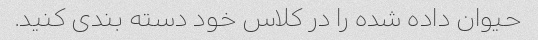
حیوان داده شده را در کلاس خود دسته بندی کنید.